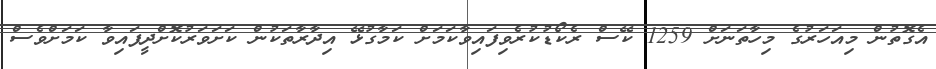
އެގޮތުން މިއަހަރުގެ މިހާތަނަށް 1259 ކޭސް ރެކޯޑުކުރެވިފައިވާކަމަށް ކަމާގުޅޭ އިދާރާތަކުން ކަށަވަރުކޮށްދީފައިވާ ކަމަށްވެސް